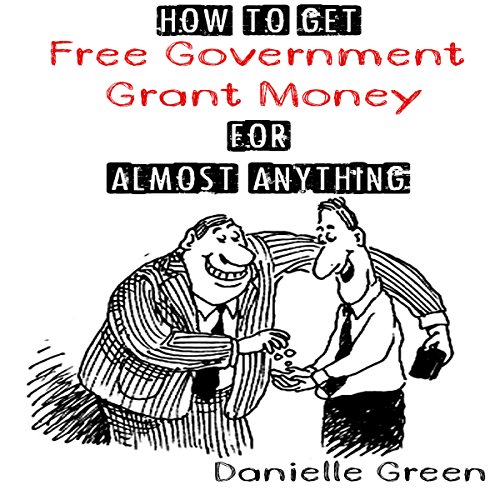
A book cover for How to Get Free Government Grant Money for Almost Anything: How to Get Free Government Grants and Money; Danielle Green; Business & Money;